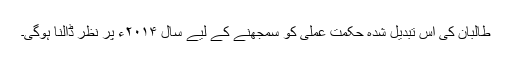
طالبان کی اس تبدیل شدہ حکمتِ عملی کو سمجھنے کے لیے سال ۲۰۱۴ء پر نظر ڈالنا ہوگی۔